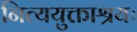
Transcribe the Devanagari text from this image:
नित्ययुक्ताश्रयः